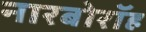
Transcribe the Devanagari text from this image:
नारबोरॉह